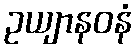
ဥယျာနဝနံ